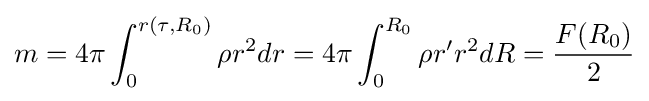
m=4\pi \int _{0}^{r(\tau ,R_{0})}\rho r^{2}dr=4\pi \int _{0}^{R_{0}}\rho r'r^{2}dR={\frac {F(R_{0})}{2}}